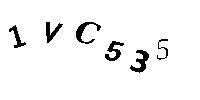
1VC535